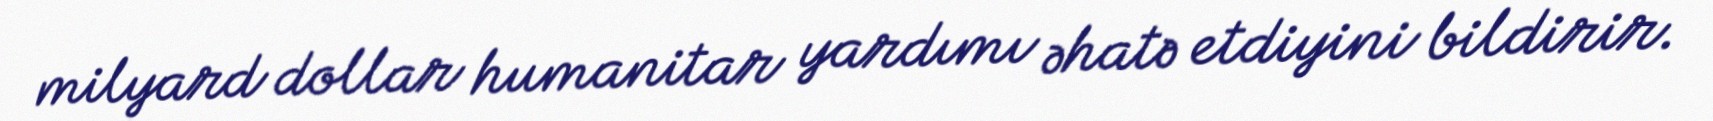
milyard dollar humanitar yardımı əhatə etdiyini bildirir.